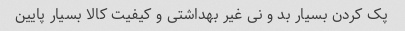
پک کردن بسیار بد و نی غیر بهداشتی و کیفیت کالا بسیار پایین